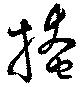
掩